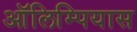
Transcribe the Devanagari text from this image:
ऑलिम्पियास